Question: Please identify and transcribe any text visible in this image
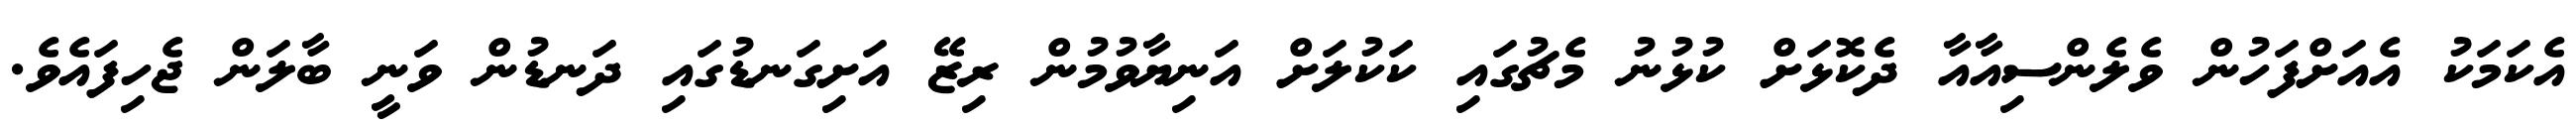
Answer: އެކަމަކު އެއަށްފަހުން ވެލެންސިއާއާ ދެކޮޅަށް ކުޅުނު މެޗުގައި ކަކުލަށް އަނިޔާވުމުން ރިޒޭ އަށިގަނޑުގައި ދަނޑުން ވަނީ ބާލަން ޖެހިފައެވެ.